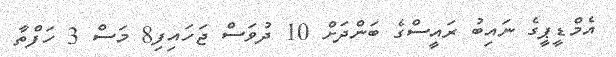
އެމްޑީޕީގެ ނައިބު ރައީސްގެ ބަންދަށް 10 ދުވަސް ޖަހައިފި8 މަސް 3 ހަފްތާ